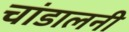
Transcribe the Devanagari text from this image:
चांडालनी